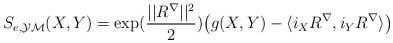
LaTeX: \begin{align*}\begin{aligned}S_{e,\mathcal{YM} }(X,Y)&=\exp (\frac{||R^{\nabla}||^2}2)\big (g(X,Y)- \langle i_XR^{\nabla} ,i_YR^{\nabla} \rangle \big ) \end{aligned}\end{align*}